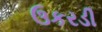
ઉકરડી